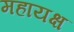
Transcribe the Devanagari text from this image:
महायक्ष